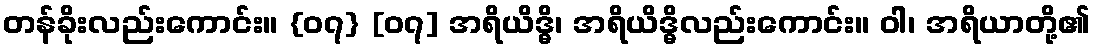
တန်ခိုးလည်းကောင်း။ {၀၇} [၀၇] အရိယိဒ္ဓိ၊ အရိယိဒ္ဓိလည်းကောင်း။ ဝါ၊ အရိယာတို့၏